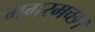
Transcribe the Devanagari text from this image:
मगरमच्छ।